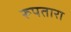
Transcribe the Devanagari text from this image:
रूपतारा